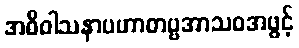
အဓိဝါသနာပဟာတဗ္ဗအာသဝအဖွင့်